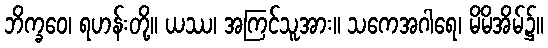
ဘိက္ခဝေ၊ ရဟန်းတို့။ ယဿ၊ အကြင်သူအား။ သကေအဂါရေ၊ မိမိအိမ်၌။